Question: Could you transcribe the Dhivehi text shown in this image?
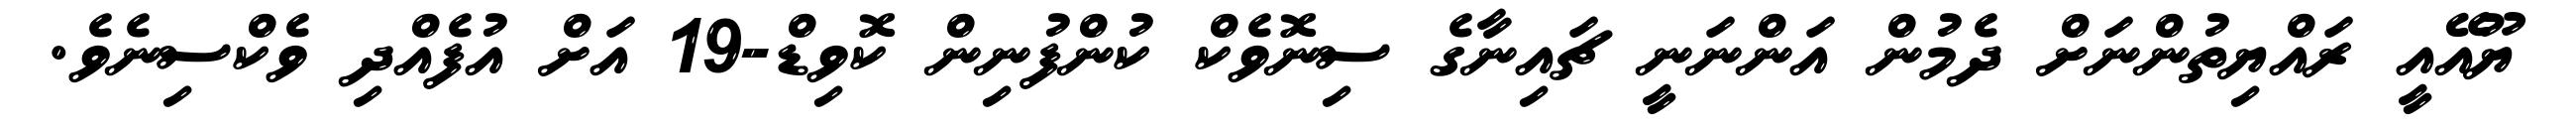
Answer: ޔޫއޭއީ ރައްޔިތުންނަށް ދެމުން އަންނަނީ ޗައިނާގެ ސިނޮވެކް ކުންފުނިން ކޮވިޑް-19 އަށް އުފެއްދި ވެކްސިނެވެ.